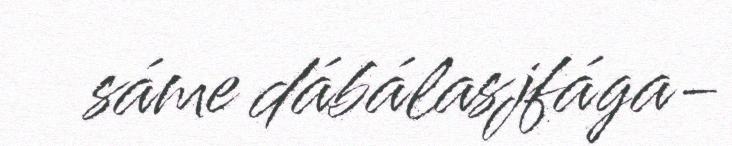
sáme dábálasjfága-